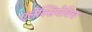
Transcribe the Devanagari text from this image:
एलेक्सियेविच